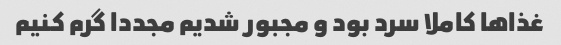
غذا‌ها کاملا سرد بود و مجبور شدیم مجددا گرم کنیم